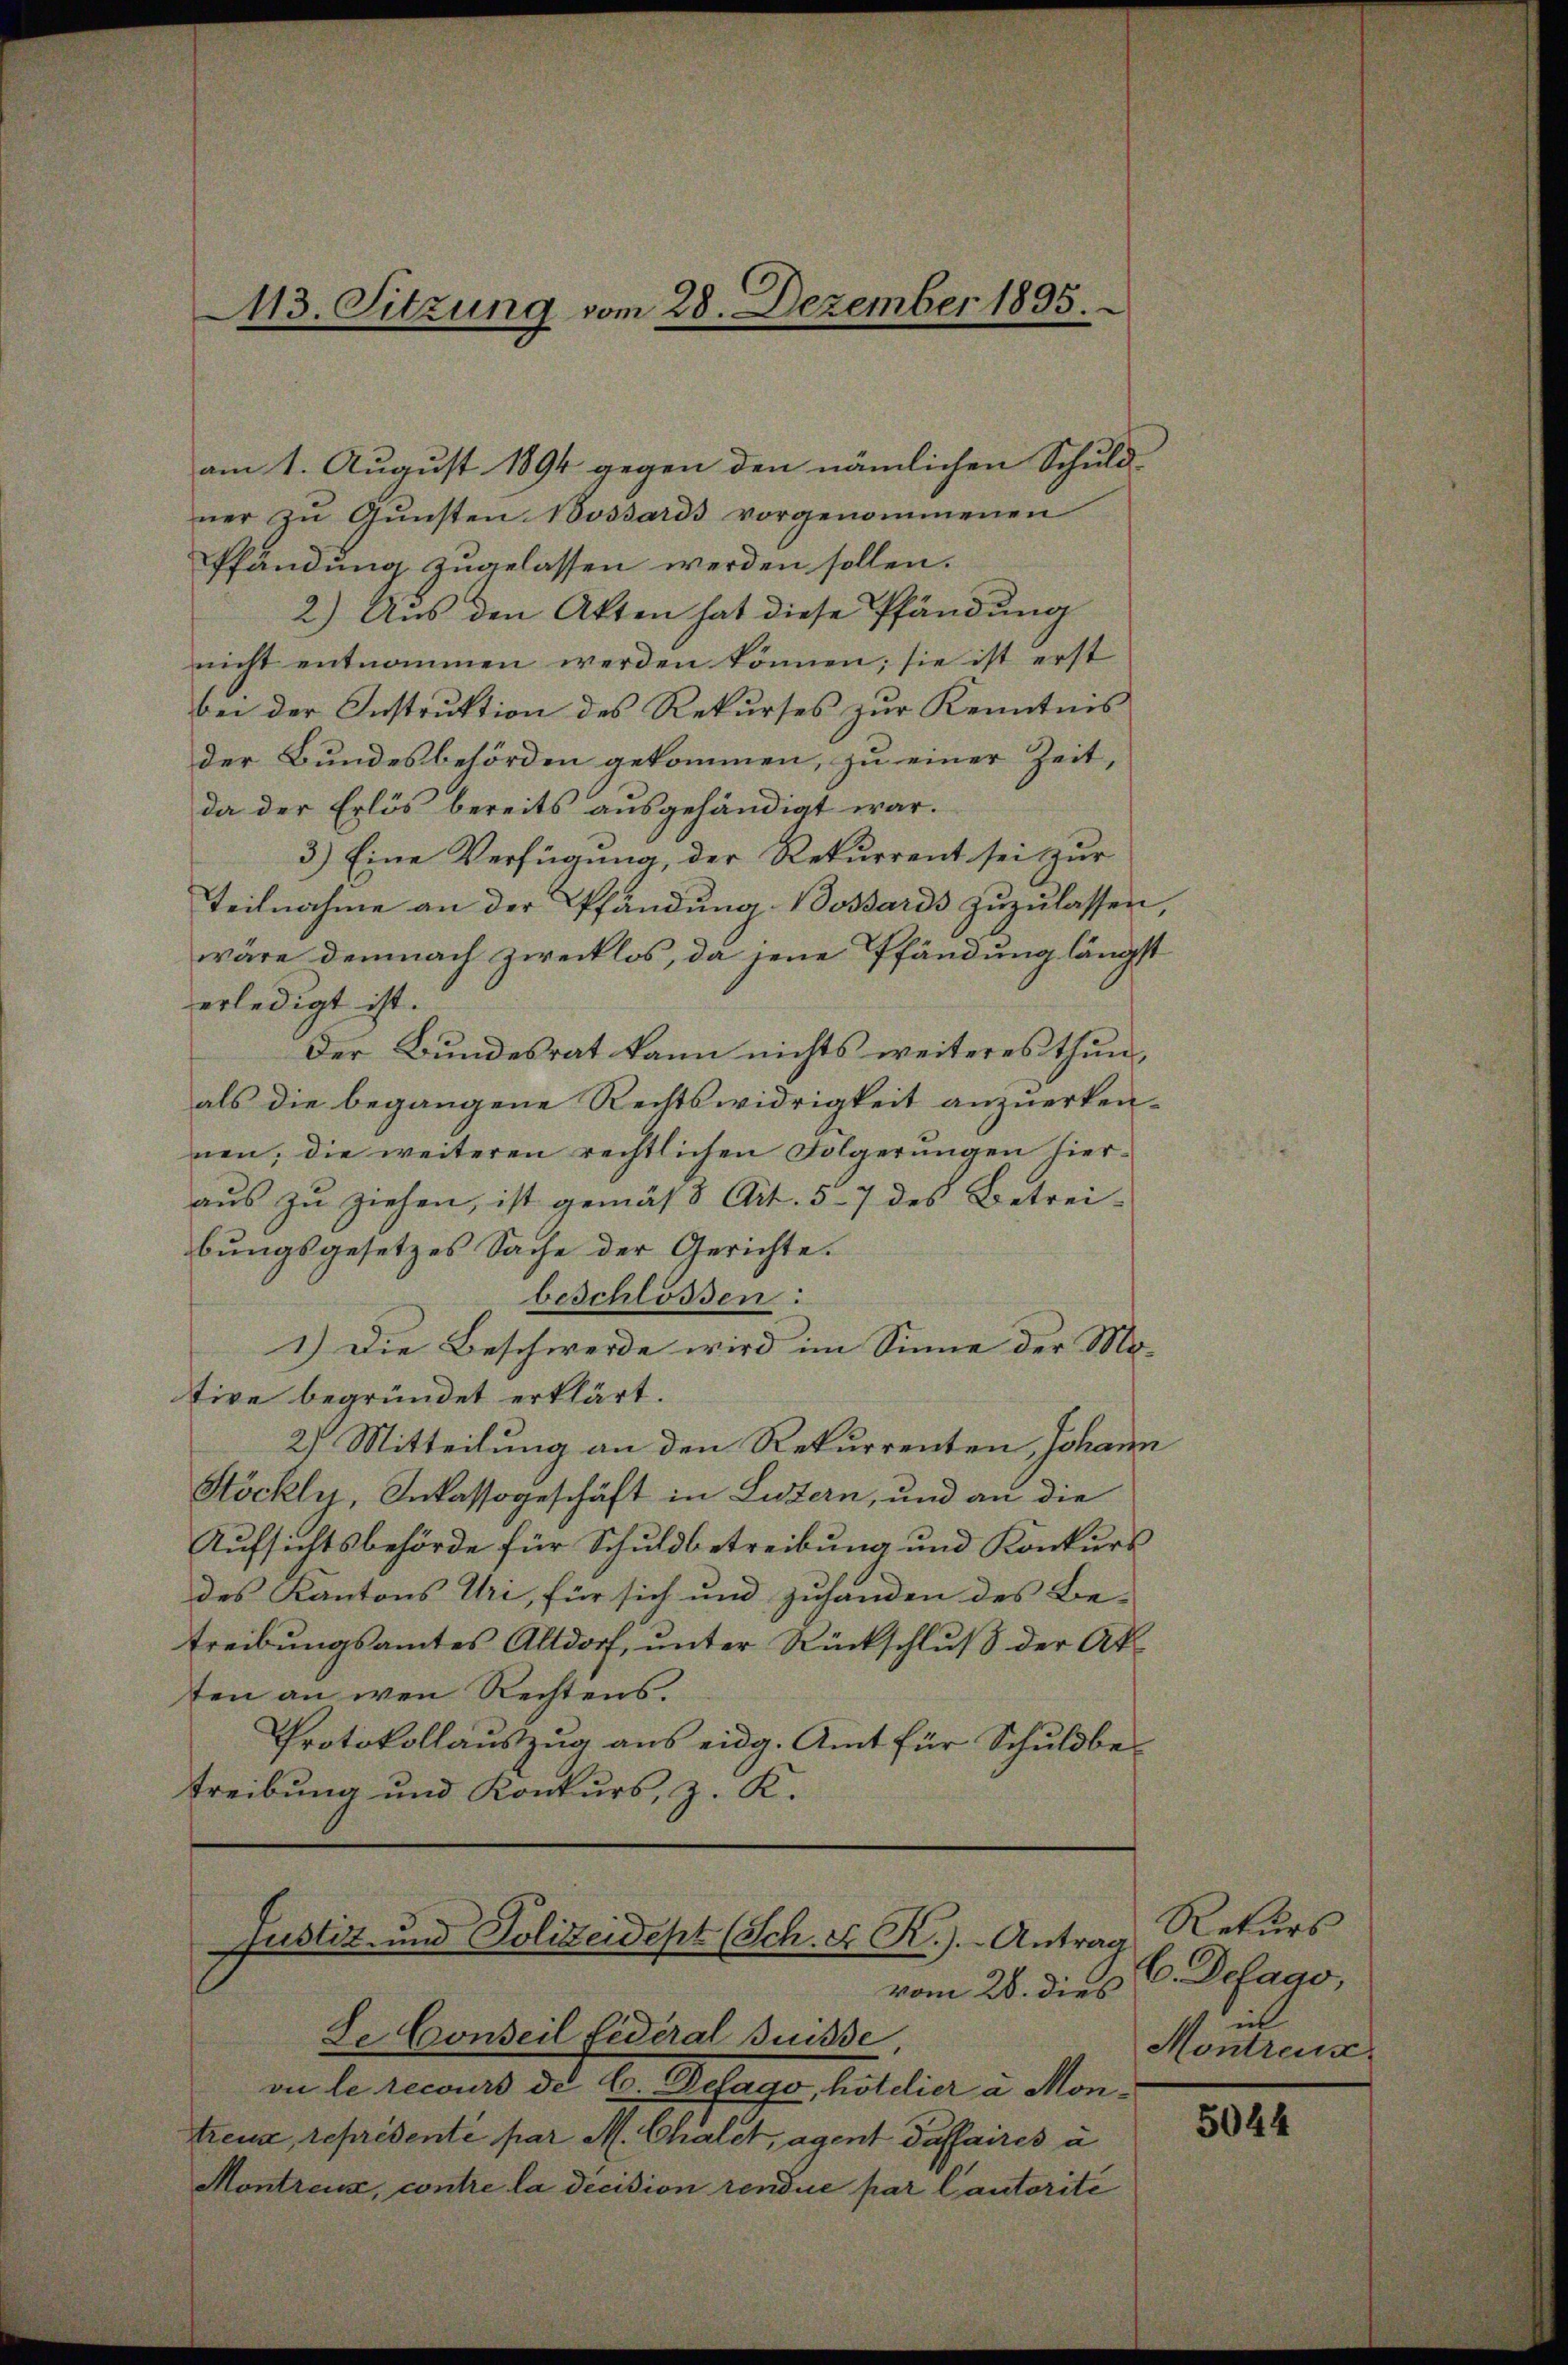
413. Sitzung vom 28. Dezember 1895.

am 1. August 1894 gegen den nämlichen Schuld-
ner zu Gunsten Nossards vorgenommenen
Pfändung zugelassen werden sollen.
2.) Aus den Akten hat diese Pfändung
nicht entnommen werden können; sie ist erst
bei der Instruktion des Rekurses zur Kenntnis
der Bundesbehörden gekommen, zu einer Zeit
da der Erlös bereits ausgehändigt war.
3.) Eine Verfügung, der Rekurrent sei zur
Teilnahme an der Pfändung Bossards zuzulassen
wäre demnach zwecklos, da jene Pfändung längst
erledigt ist.
Der Bundesrat kann nichts weiteres thun,
als die begangene Rechtswidrigkeit anzuerken-
nen; die weiteren rechtlichen Folgerungen hieraus zu ziehen, ist gemäß Art. 57 des Betreibungsgesetzes Sache der Gerichte.
beschlossen:
1.) Die Beschwerde wird im Sinne der Mo-
tive begründet erklärt.
2) Mitteilung an den Rekurrenten, Johann
Stöckle, Inkassogeschäft in Luzern, und an die
Aufsichtsbehörde für Schuldbetreibung und Konkurs
des Kantons Uri, für sich und zuhanden des Be-
treibungsamtes Altdorf, unter Rückschluß der Akten an wen Rechtens.
Protokollauszug aus eidg. Amt für Schuldbetreibung und Konkurs, z. K.

Justiz- und Polizeidept (Sch. E. R.) Antrag
vom 28. dies

Le Conseil fédéral Suisse,
on le recours de C. Defago, hotelier u Montreng, representé par M. Chalet, agent daffaires à
Montreux, contre la decision rendue par lautorité

Rekurs
C. Defago,
Montreux.

5044